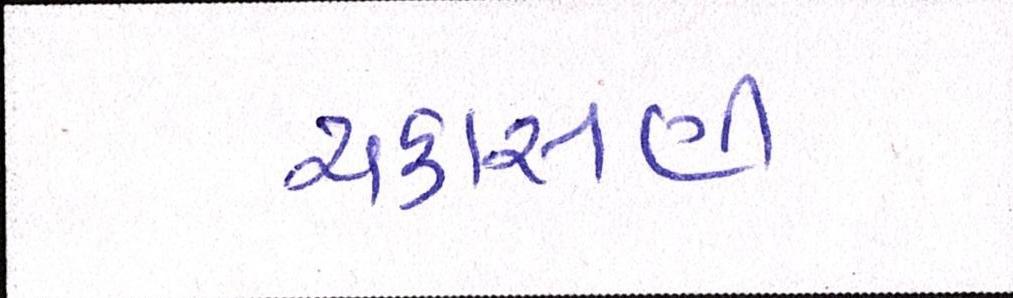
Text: ચકાસણી